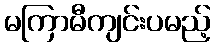
မကြာမီကျင်းပမည့်